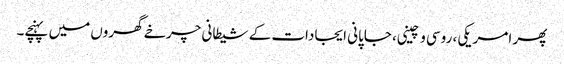
پھر امریکی، روسی و چینی، جاپانی ایجادات کے شیطانی چرخے گھروں میں پہنچے۔